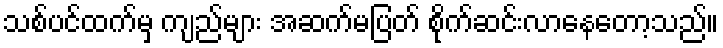
သစ်ပင်ထက်မှ ကျည်များ အဆက်မပြတ် စိုက်ဆင်းလာနေတော့သည်။